Source: Handwritten
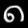
Digit: ၈ (8)